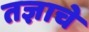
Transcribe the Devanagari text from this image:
तज्ञाचे